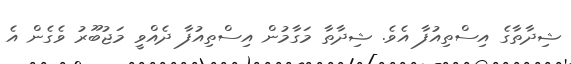
ޝިދާތާގެ އިސްތިއުފާ އެވެ. ޝިދާތާ މަގާމުން އިސްތިއުފާ ދެއްވީ މަޖުބޫރު ވެގެން އެ